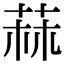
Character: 𦱍